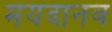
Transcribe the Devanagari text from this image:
मयदानव